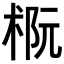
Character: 𪲭